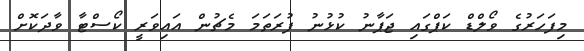
މިފަހަރުގެ ވޯލްޑް ކަޕްގައި ޖަޕާނު ކުޅުނު ފުރަތަމަ މެޗުން އައިވަރީ ކޯސްޓާ ވާދަކޮށް